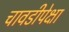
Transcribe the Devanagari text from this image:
चावडीपेक्षा